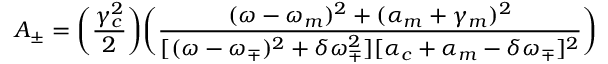
A _ { \pm } = \bigg ( \frac { \gamma _ { c } ^ { 2 } } { 2 } \bigg ) \bigg ( \frac { ( \omega - \omega _ { m } ) ^ { 2 } + ( \alpha _ { m } + \gamma _ { m } ) ^ { 2 } } { [ ( \omega - \omega _ { \mp } ) ^ { 2 } + \delta \omega _ { \mp } ^ { 2 } ] [ \alpha _ { c } + \alpha _ { m } - \delta \omega _ { \mp } ] ^ { 2 } } \bigg )